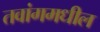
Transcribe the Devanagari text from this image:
तवांगमधील